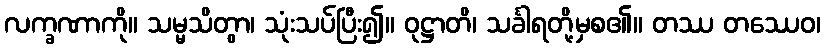
လက္ခဏာကို။ သမ္မသိတွာ၊ သုံးသပ်ပြီး၍။ ဝုဋ္ဌာတိ၊ သင်္ခါရတို့မှစ၏။ တဿ တဿေဝ၊